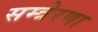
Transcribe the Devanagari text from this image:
सम्त्रेरणा